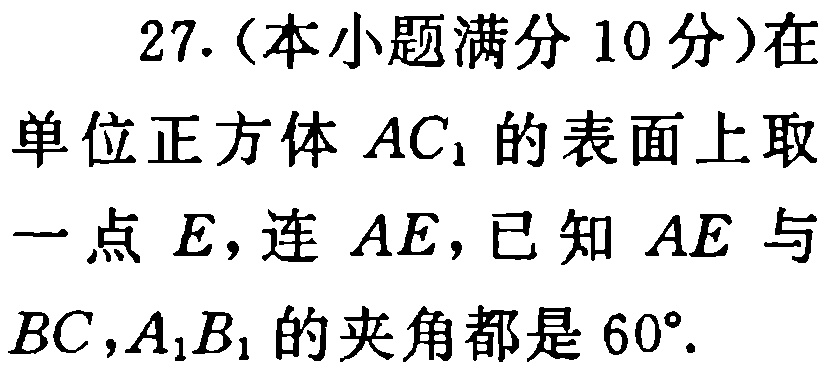
27.（本小题满分10分）在单位正方体 \(AC_{1}\) 的表面上取一点 \(E\)，连 \(AE\)，已知 \(AE\) 与 \(BC\)，\(A_{1}B_{1}\) 的夹角都是 \(60^{\circ}\).